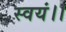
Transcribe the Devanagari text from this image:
स्वयं।।